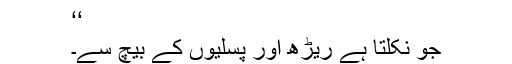
‘‘
جو نکلتا ہے ریڑھ اور پسلیوں کے بیچ سے۔